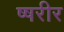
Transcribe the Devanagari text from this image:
ष्षरीर